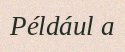
Például a